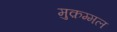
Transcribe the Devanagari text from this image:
मुक़म्मल